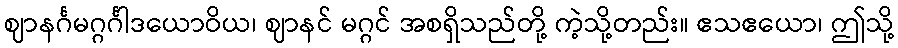
ဈာနင်္ဂမဂ္ဂင်္ဂါဒယောဝိယ၊ ဈာနင် မဂ္ဂင် အစရှိသည်တို့ ကဲ့သို့တည်း။ ဧသဧယော၊ ဤသို့